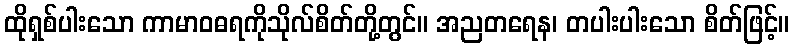
ထိုရှစ်ပါးသော ကာမာဝဓရကိုသိုလ်စိတ်တို့တွင်။ အညတရေန၊ တပါးပါးသော စိတ်ဖြင့်။